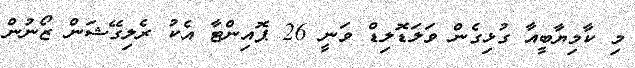
މި ކާމިޔާބީއާ ގުޅިގެން ވަލަޑޮލިޑް ވަނީ 26 ޕޮއިންޓާ އެކު ރެލިގޭޝަން ޒޯނުން